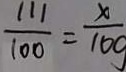
\frac { 1 1 1 } { 1 0 0 } = \frac { x } { 1 0 g }